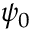
\psi _ { 0 }